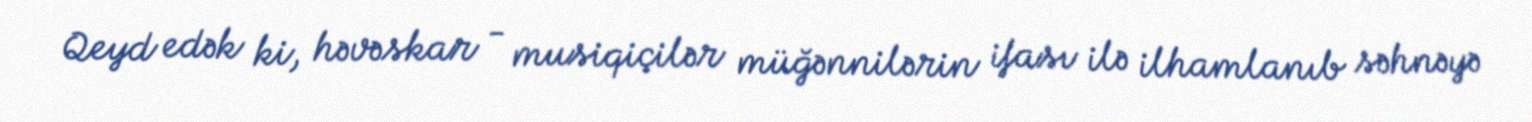
Qeyd edək ki, həvəskar - musiqiçilər müğənnilərin ifası ilə ilhamlanıb səhnəyə